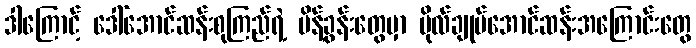
ဒါကြောင့် ဒေါ်အောင်ဆန်းစုကြည်ရဲ့ မိန့်ခွန်းတွေမှာ ဗိုလ်ချုပ်အောင်ဆန်းအကြောင်းတွေ